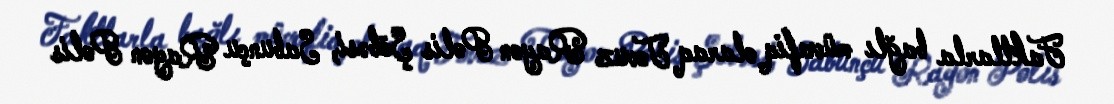
Faktlarla bağlı müvafiq olaraq Tovuz Rayon Polis Şöbəsi, Sabunçu Rayon Polis